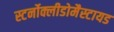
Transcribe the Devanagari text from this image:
स्टर्नोक्लीडोमैस्टायड